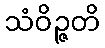
သံဝိဉ္ဇတိ